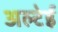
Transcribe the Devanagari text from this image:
अल्टेई